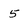
Character: 5